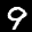
Label: 9